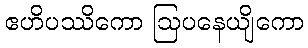
ဧဟိပဿိကော ဩပနေယျိကော